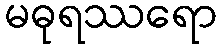
မဓုရဿရော